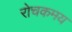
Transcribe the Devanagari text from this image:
रोचकमय